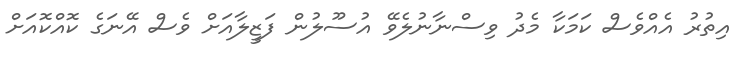
އިތުރު އެއްވެސް ކަމަކާ މެދު ވިސްނާނުލެވޭ އުސޫލުން ފަޒީލާއަށް ވެސް އޭނަގެ ކޮއްކޮއަށް